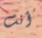
أنت